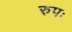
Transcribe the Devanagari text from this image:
रुपः